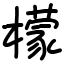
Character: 檬